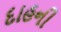
દાહની